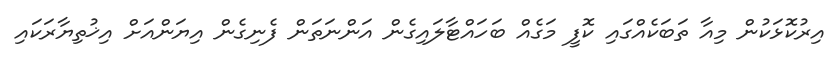
އިރުކޮޅަކުން މިއާ ތަބަކެއްގައި ކޮފީ މަގެއް ބަހައްޓާލައިގެން އަންނަތަން ފެނިގެން އިޔަންއަށް އިޚުތިޔާރަކައި